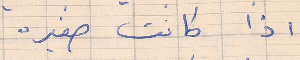
اذا كانت صغيره